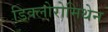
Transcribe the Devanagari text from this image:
डिक्लोरोमिथेन